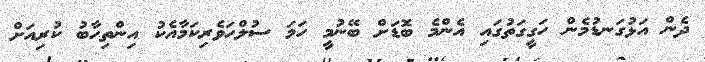
ދެން އަޅުގަނޑުމެން ހަގީގަތުގައި އެންމެ ބޮޑަށް ބޭނުމީ ހަމަ ސުލްހަވެރިކަމާއެކު އިންތިހާބު ކުރިއަށް